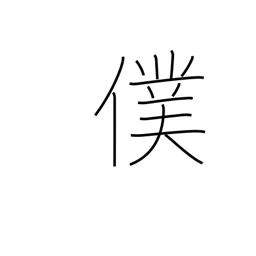
Meaning: servant